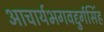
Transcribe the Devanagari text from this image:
आचार्यभगवद्दुर्गसिंह